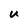
Character: u